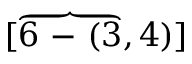
[ \overbrace { 6 \mathrm { ~ - ~ } ( 3 } , 4 ) ]